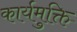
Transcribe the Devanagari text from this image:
कार्यमुक्ति